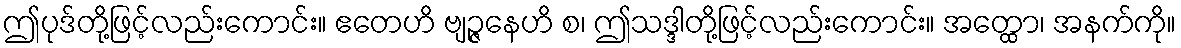
ဤပုဒ်တို့ဖြင့်လည်းကောင်း။ ဧတေဟိ ဗျဉ္ဇနေဟိ စ၊ ဤသဒ္ဒါတို့ဖြင့်လည်းကောင်း။ အတ္ထော၊ အနက်ကို။